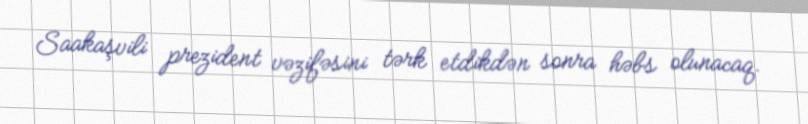
Saakaşvili prezident vəzifəsini tərk etdikdən sonra həbs olunacaq.